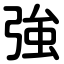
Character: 強